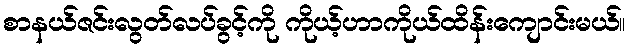
စာနယ်ဇင်းလွတ်လပ်ခွင့်ကို ကိုယ့်ဟာကိုယ်ထိန်းကျောင်းမယ်။